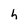
Character: h